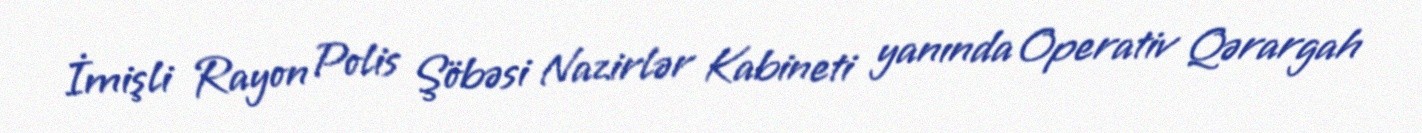
İmişli Rayon Polis Şöbəsi Nazirlər Kabineti yanında Operativ Qərargah